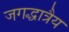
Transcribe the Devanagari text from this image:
जगद्धात्रैय